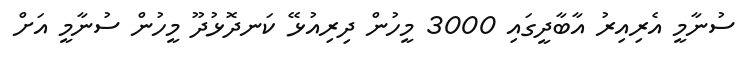
ސުނާމީ އެރިއިރު އާބާދީގައި 3000 މީހުން ދިރިއުޅޭ ކަނދޮޅުދޫ މީހުން ސުނާމީ އަށް